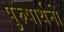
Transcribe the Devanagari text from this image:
पुरुषार्थनी